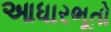
આધારભૂતો